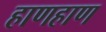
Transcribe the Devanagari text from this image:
हाणहाण